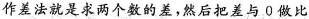
作差法就是求两个数的差，然后把差与0做比